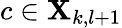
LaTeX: c\in\mathbf{X}_{k,l+1}